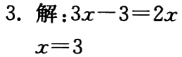
3. 解：\(3x - 3 = 2x\)

\(x = 3\)